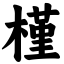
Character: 槿